NAE_ERA_R-2324_Eesti_Vabariigi_Pohiseaduslik_Assamblee, lk 70
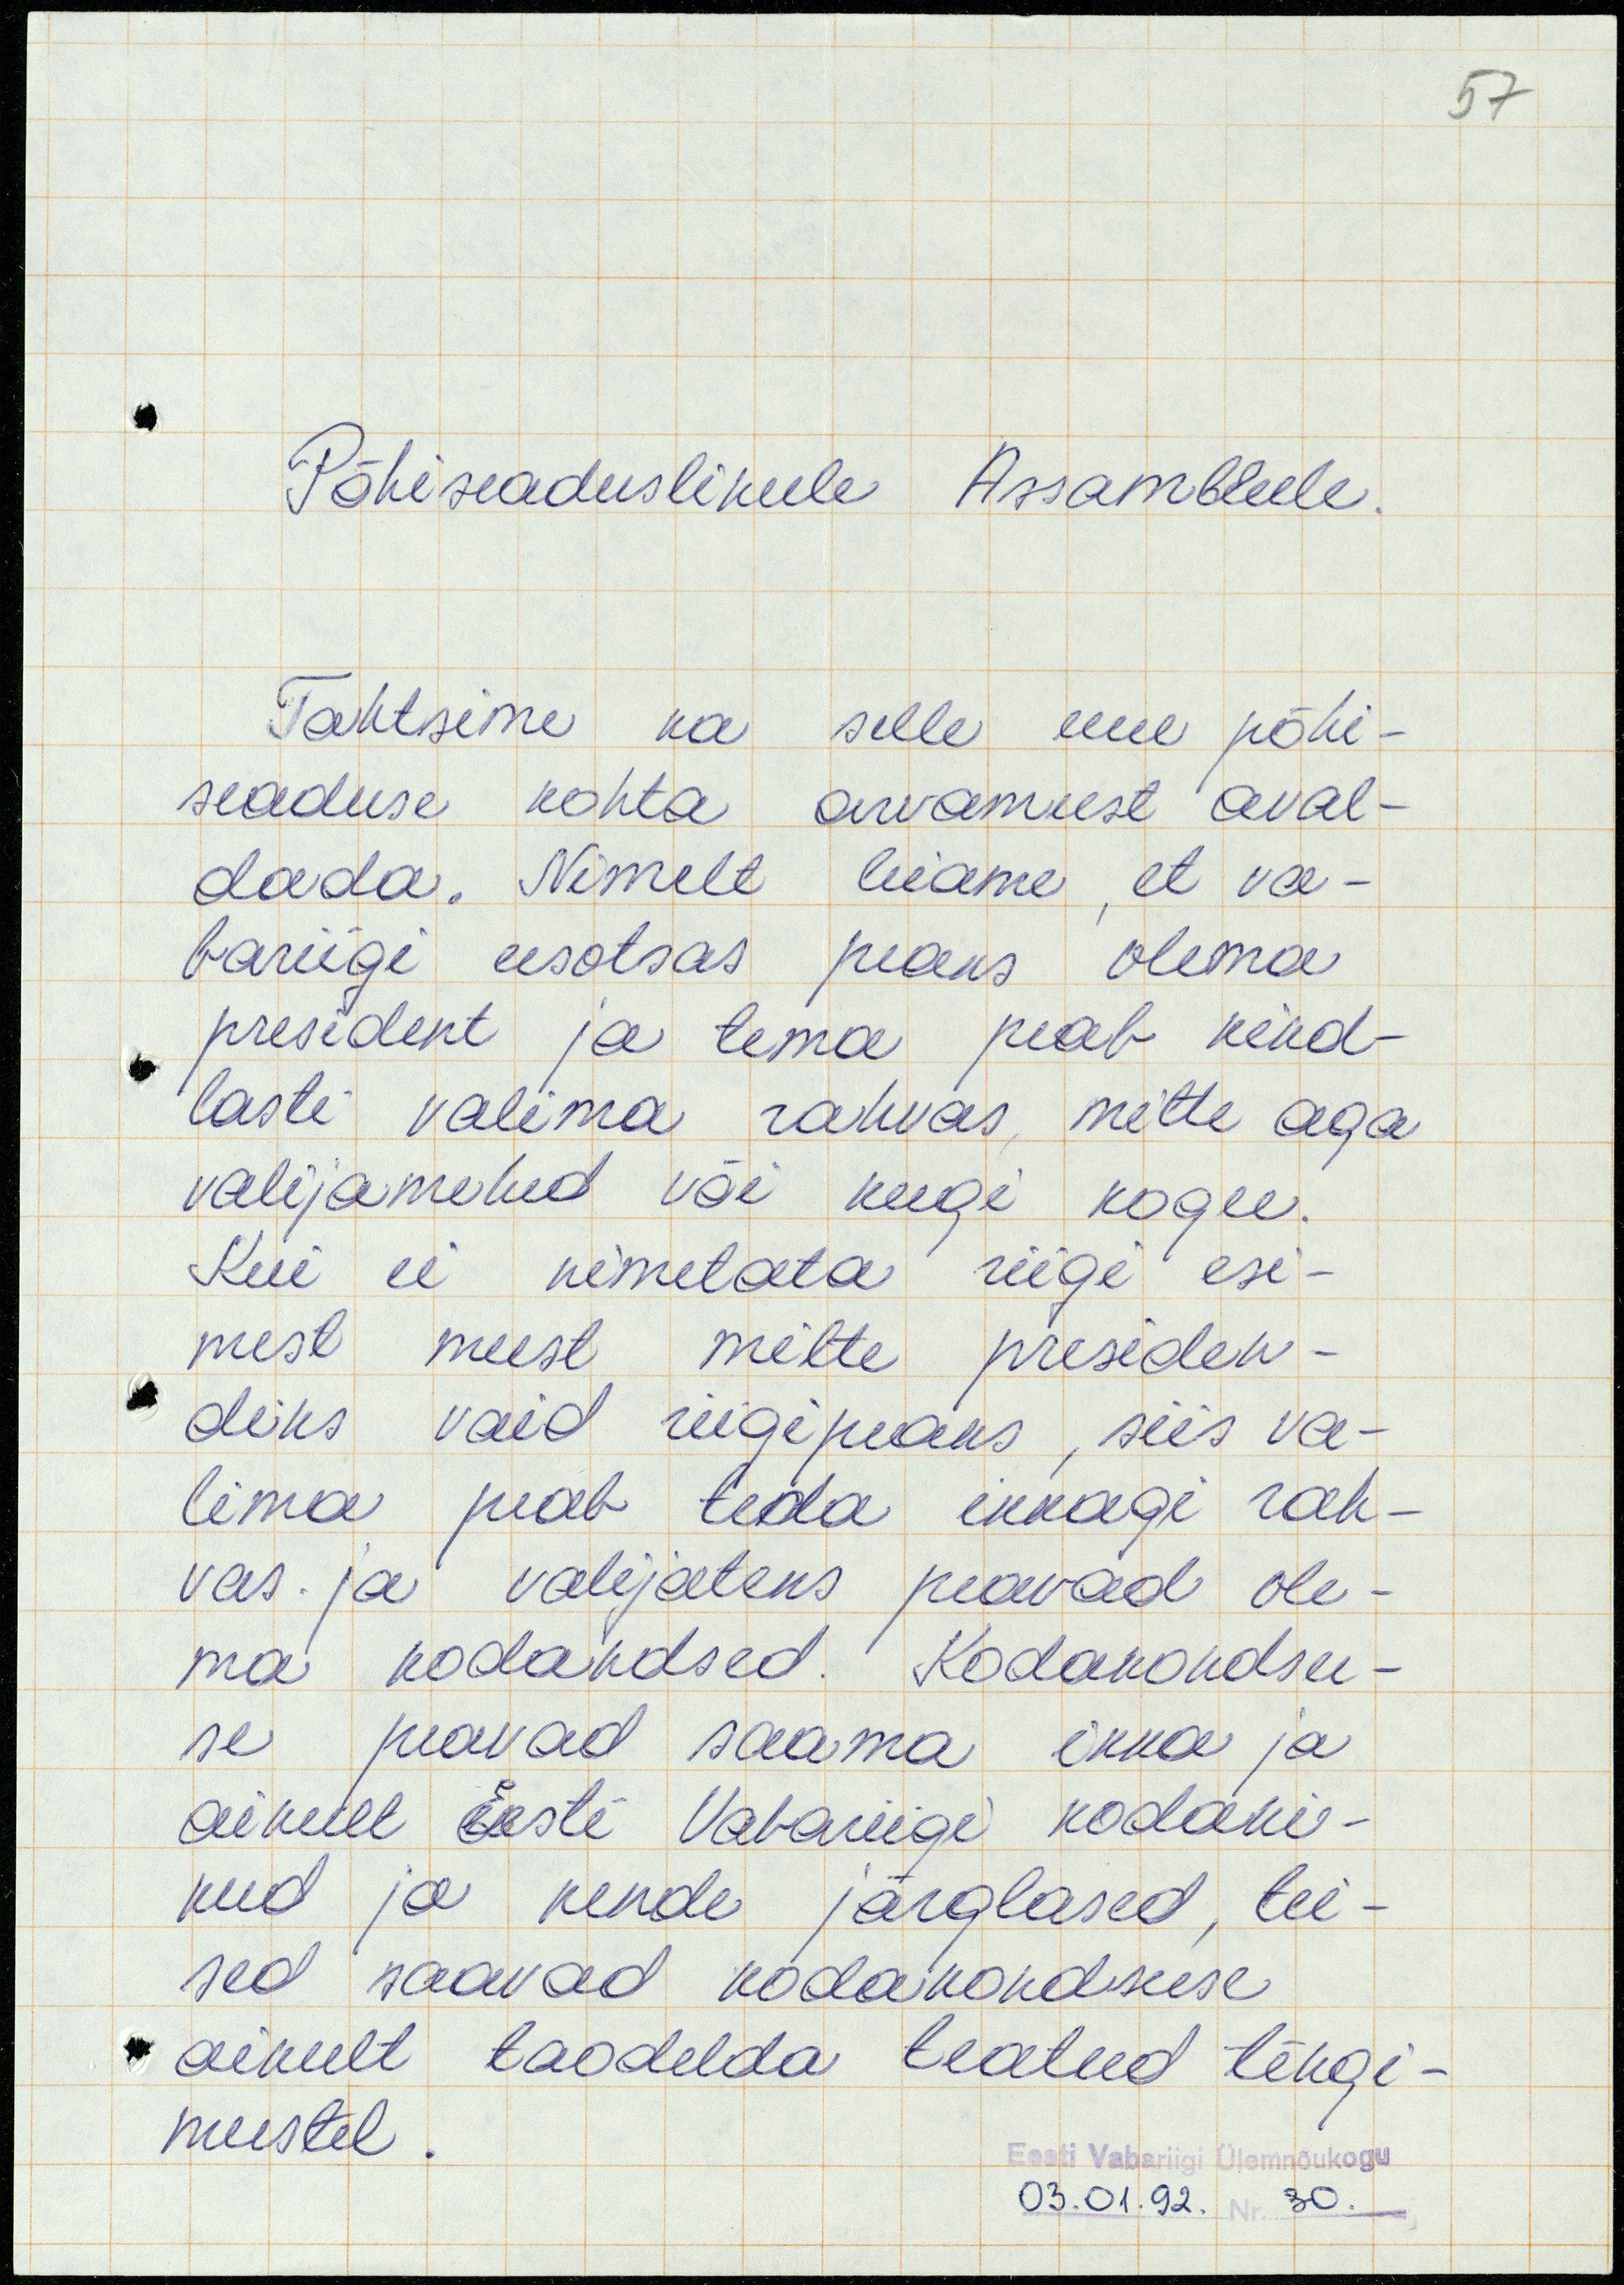
57

Põhiseaduslikule Assambleele.
Tahtsime ka selle uue põhi-
seaduse kohta arvamust aval-
dada. Nimelt leiame, et va-
bariigi eesotsas peaks olema
president ja tema peab kind-
lasti valima rahvas, mitte aga
valijamehed või keegi kogu.
Kui ei nimetata riigi esi-
mest meest mitte presiden-
diks vaid riigipeaks, siis va-
lima peab teda ikkagi rah-
vas ja valijateks peavad ole-
ma kodakdsed. Kodakondsu-
se peavad saama ikka ja
ainult Eesti Vabariigi kodani-
kud ja nende järglased, tei-
sed saavad kodakondsuse
ainult taodelda teatud tingi-
mustel.
Eesti Vabariigi Ülemnõukogu
03.01.92. Nr. 30.